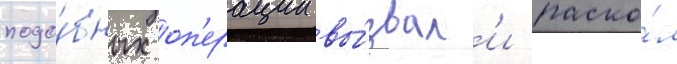
подо́бных оп'ерации вы́звал'и раско́л